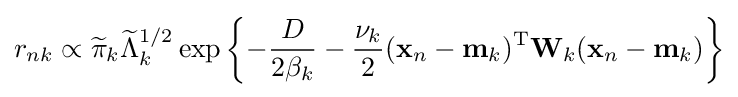
r_{nk}\propto {\widetilde {\pi }}_{k}{\widetilde {\Lambda }}_{k}^{1/2}\exp \left\{-{\frac {D}{2\beta _{k}}}-{\frac {\nu _{k}}{2}}(\mathbf {x} _{n}-\mathbf {m} _{k})^{\rm {T}}\mathbf {W} _{k}(\mathbf {x} _{n}-\mathbf {m} _{k})\right\}